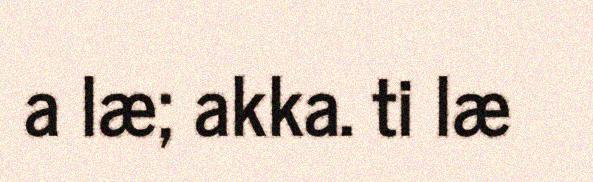
a læ; akka. ti læ